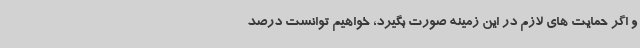
و اگر حمایت های لازم در این زمینه صورت بگیرد، خواهیم توانست درصد